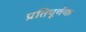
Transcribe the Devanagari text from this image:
प्रतिपूर्वक